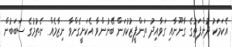
އެކަމަކު ދުންފަތުގެ ގާނޫނާއި ގަވާއިދު ތަންފީޒުކުރަން ބޭނުންވާ އެކަށީގެންވާ ނިޒާމެއް ނެތުމުގެ ސަބަބުން